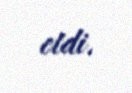
etdi.